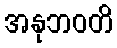
အနုဘဝတိ